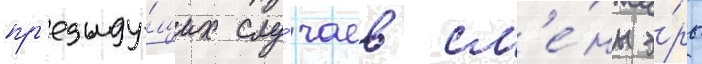
пр'едыду́щих слу́чаев см'е́ны э́ры